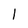
Character: I